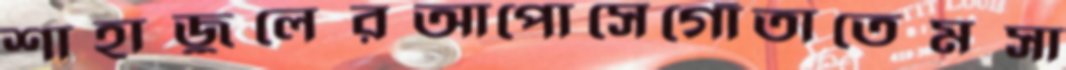
শাহাজুলেরআপোসেগোঁতাতেমসা